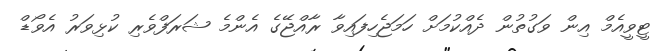
ޓީވީއެމް އިން ވަގުތުން ދެއްކުމަށް ހަމަޖެހިފައިވާ ރާއްޖޭގެ އެންމެ ޝަރަފްވެރި ކުޅިވަރު އެވޯޑް